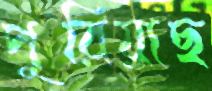
পুরিয়াছ